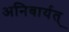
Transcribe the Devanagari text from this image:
अनिवार्यत्